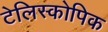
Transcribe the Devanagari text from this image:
टेलिस्कोपिक